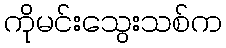
ကိုမင်းသွေးသစ်က